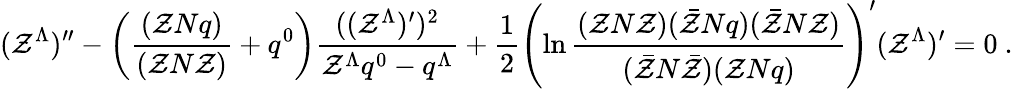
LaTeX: (\mathcal{Z}^{\Lambda})^{\prime\prime}-\left({\frac{{(\mathcal{Z}Nq)}}{{(\mathcal{Z}N\mathcal{Z})}}}+q^{0}\right){\frac{{((\mathcal{Z}^{\Lambda})^{\prime})^{2}}}{{\mathcal{Z}^{\Lambda}q^{0}-q^{\Lambda}}}}+{\frac{{1}}{{2}}}\left(\ln{\frac{{(\mathcal{Z}N\mathcal{Z})(\bar{{\mathcal{Z}}}Nq)(\bar{{\mathcal{Z}}}N\mathcal{Z})}}{{(\bar{{\mathcal{Z}}}N\bar{{\mathcal{Z}}})(\mathcal{Z}Nq)}}}\right)^{\prime}(\mathcal{Z}^{\Lambda})^{\prime}=0\ .